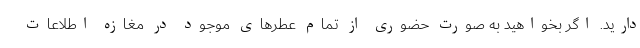
دارید. اگر بخواهید به صورت حضوری از تمام عطرهای موجود در مغازه اطلاعات